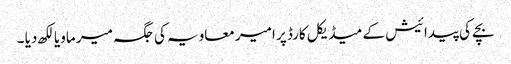
بچے کی پیدائیش کے میڈیکل کارڈ پر امیر معاویہ کی جگہ میر ماویا لکھ دیا ۔